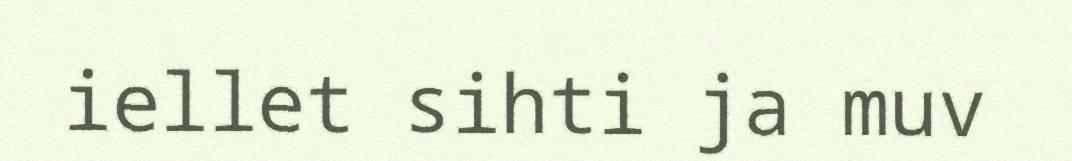
iellet sihti ja muv